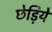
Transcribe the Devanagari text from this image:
छेड़िये